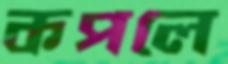
কপলে